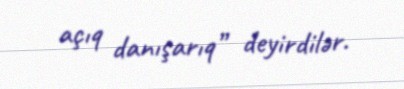
açıq danışarıq” deyirdilər.